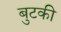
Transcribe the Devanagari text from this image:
बुटकी